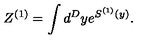
Z ^ { ( 1 ) } = \int d ^ { D } y e ^ { S ^ { ( 1 ) } ( y ) } .